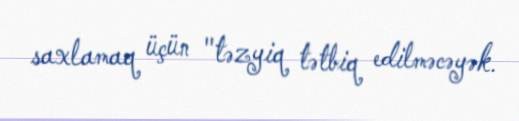
saxlamaq üçün "təzyiq tətbiq edilməcəyək.